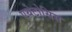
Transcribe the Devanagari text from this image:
एथेटोसिस